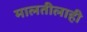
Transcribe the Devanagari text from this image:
मालतीलाही